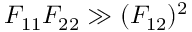
F _ { 1 1 } F _ { 2 2 } \gg ( F _ { 1 2 } ) ^ { 2 }